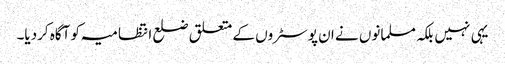
یہی نہیں بلکہ مسلمانوں نے ان پوسٹروں کے متعلق ضلع انتظامیہ کو آگاہ کردیا۔